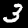
Label: 3